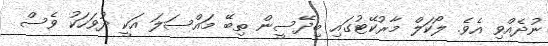
ނުދެއްވި އެވެ. ލޯކަލް މާރުކޭޓުގައި ބިދޭސީން ތިބޭ މައްސަލަ އަކީ ދުވަހަކު ވެސް